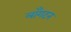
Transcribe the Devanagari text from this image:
लाँगटन